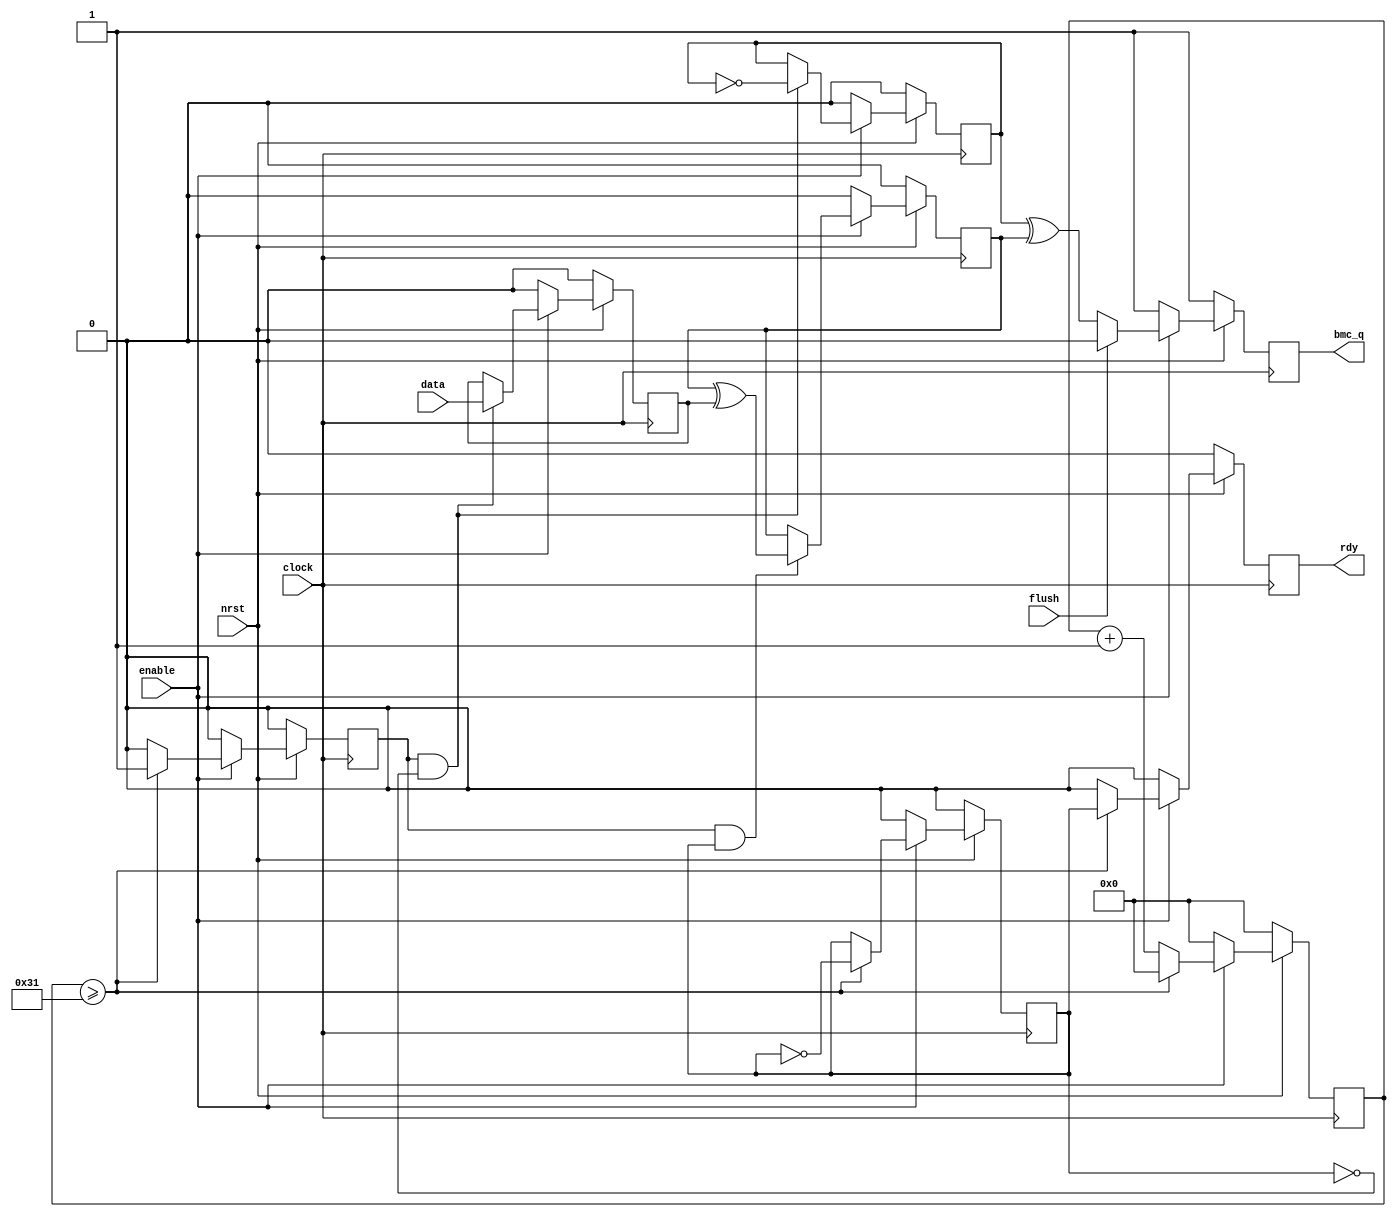
// This program was cloned from: https://github.com/briansune/USB-PD-3.1-Verilog
// License: MIT License

//  ____         _                ____                      
// | __ )  _ __ (_)  __ _  _ __  / ___|  _   _  _ __    ___ 
// |  _ \ | '__|| | / _` || '_ \ \___ \ | | | || '_ \  / _ \
// | |_) || |   | || (_| || | | | ___) || |_| || | | ||  __/
// |____/ |_|   |_| \__,_||_| |_||____/  \__,_||_| |_| \___|
//                                                          
// Programed By: BrianSune
// Contact: briansune@gmail.com
// 


`timescale 1ns/1ps

module bmc_encoder#(
	parameter system_khz = 30000
)(
	
	input	nrst,
	input	clock,
	input	enable,
	input	flush,
	
	input	data,
	output	rdy,
	output	bmc_q
);
	localparam divider_fac = (system_khz / (300 / 2) / 4);
	localparam	[9 : 0] divider = divider_fac - 1;
	
	reg		[9 : 0]		cken_cnt;
	reg					flop_en;
	reg					flop_parity;
	reg					data_q2_r;
	
	reg					rdy_r;
	reg					data_r;
	reg					bmc_qr;
	reg					bmc_qo;
	
	always@(posedge clock)begin
		if(!nrst)begin
			cken_cnt <= 10'd0;
			flop_parity <= 1'b0;
			flop_en <= 1'b0;
			rdy_r <= 1'b0;
		end else if(enable)begin
			if(cken_cnt >= divider)begin
				cken_cnt <= 10'd0;
				flop_en <= 1'b1;
				flop_parity <= ~flop_parity;
				rdy_r <= flop_parity;
			end else begin
				cken_cnt <= cken_cnt + 10'd1;
				flop_en <= 1'b0;
				rdy_r <= 1'b0;
			end
		end else begin
			cken_cnt <= 10'd0;
			flop_parity <= 1'b0;
			flop_en <= 1'b0;
			rdy_r <= 1'b0;
		end
	end
	
	always@(posedge clock)begin
		if(!nrst)begin
			data_r <= 1'b0;
			data_q2_r <= 1'b0;
		end else if(enable)begin
			if(flop_en & !flop_parity)begin
				data_r <= data;
				data_q2_r <= ~data_q2_r;
			end
		end else begin
			data_r <= 1'b0;
			data_q2_r <= 1'b0;
		end
	end
	
	always@(posedge clock)begin
		if(!nrst)begin
			bmc_qr <= 1'b0;
		end else if(enable)begin
			if(flop_en & flop_parity)begin
				bmc_qr <= bmc_qr ^ data_r;
			end
		end else begin
			bmc_qr <= 1'b0;
		end
	end
	
	always@(posedge clock)begin
		if(!nrst)begin
			bmc_qo <= 1'b1;
		end else if(enable)begin
			if(flush)
				bmc_qo <= 1'b0;
			else
				bmc_qo <= (data_q2_r ^ bmc_qr);
		end else begin
			bmc_qo <= 1'b1;
		end
	end
	
	assign bmc_q = bmc_qo;
	assign rdy = rdy_r;
	
endmodule